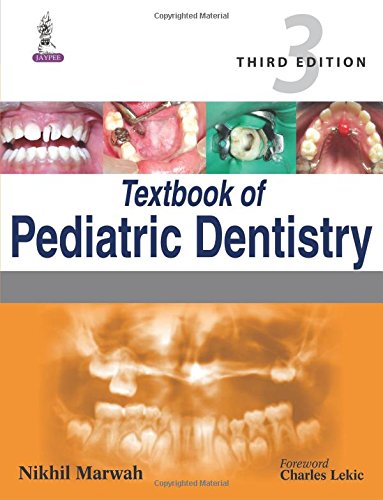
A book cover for Textbook of Pediatric Dentistry; Nikhil Marwah; Medical Books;